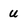
Character: U